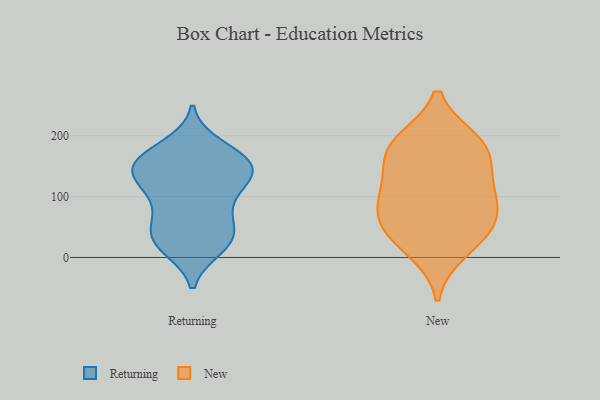
{"axis": {"x": "LTV (USD)", "y": "Value"}, "legend": ["New", "Returning"], "data": [{"x": "", "y": 182, "type": "Returning"}, {"x": "", "y": 49, "type": "Returning"}, {"x": "", "y": 126, "type": "Returning"}, {"x": "", "y": 85, "type": "Returning"}, {"x": "", "y": 143, "type": "Returning"}, {"x": "", "y": 156, "type": "Returning"}, {"x": "", "y": 52, "type": "Returning"}, {"x": "", "y": 29, "type": "Returning"}, {"x": "", "y": 156, "type": "Returning"}, {"x": "", "y": 125, "type": "Returning"}, {"x": "", "y": 123, "type": "Returning"}, {"x": "", "y": 29, "type": "Returning"}, {"x": "", "y": 149, "type": "Returning"}, {"x": "", "y": 91, "type": "Returning"}, {"x": "", "y": 24, "type": "Returning"}, {"x": "", "y": 17, "type": "Returning"}, {"x": "", "y": 156, "type": "Returning"}, {"x": "", "y": 167, "type": "Returning"}, {"x": "", "y": 162, "type": "New"}, {"x": "", "y": 108, "type": "New"}, {"x": "", "y": 95, "type": "New"}, {"x": "", "y": 173, "type": "New"}, {"x": "", "y": 188, "type": "New"}, {"x": "", "y": 59, "type": "New"}, {"x": "", "y": 43, "type": "New"}, {"x": "", "y": 50, "type": "New"}, {"x": "", "y": 190, "type": "New"}, {"x": "", "y": 12, "type": "New"}, {"x": "", "y": 107, "type": "New"}]}